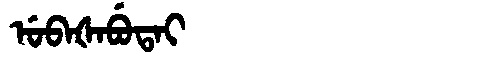
Manchu: ᡠᠪᠠᡧᠠᠪᡠᡨᠠᡳ
Romanization: UBAŠABUTAI